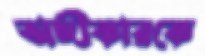
অঙ্গীকারকে